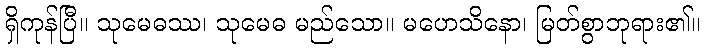
ရှိကုန်ပြီ။ သုမေဓဿ၊ သုမေဓ မည်သော။ မဟေသိနော၊ မြတ်စွာဘုရား၏။